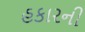
હકારની